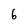
Character: 6